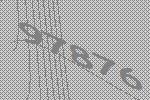
97876